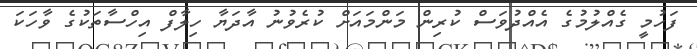
ފަހުމީ ގެއްލުމުގެ އެއްދުވަސް ކުރިން މަންމައަށް ކުރެވުނު އާދަޔާ ހިލާފް އިހްސާތަކުގެ ވާހަކަ